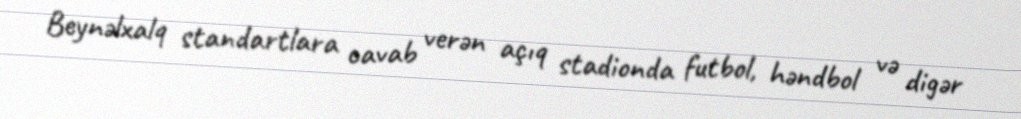
Beynəlxalq standartlara cavab verən açıq stadionda futbol, həndbol və digər